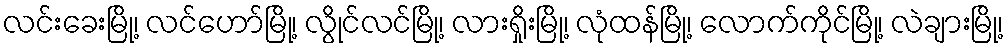
လင်းခေးမြို့၊ လင်ဟော်မြို့၊ လွိုင်လင်မြို့၊ လားရှိုးမြို့၊ လုံထန်မြို့၊ လောက်ကိုင်မြို့၊ လဲချားမြို့၊